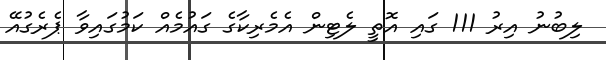
ލިބުނު އިރު 111 ގައި އޮތީ ލެޓިން އެމެރިކާގެ ގައުމެއް ކަމުގައިވާ ޕެރެގުއޭ